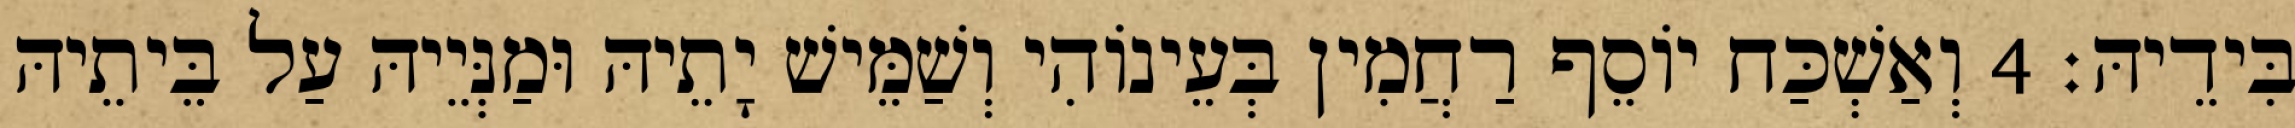
בִּידֵיהּ׃ 4 וְאַשְׁכַּח יוֹסֵף רַחֲמִין בְּעֵינוֹהִי וְשַׁמֵּישׁ יָתֵיהּ וּמַנְּיֵיהּ עַל בֵּיתֵיהּ